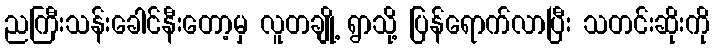
ညကြီးသန်းခေါင်နီးတော့မှ လူတချို့ ရွာသို့ ပြန်ရောက်လာပြီး သတင်းဆိုးကို